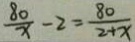
\frac { 8 0 } { x } - 2 = \frac { 8 0 } { 2 + x }